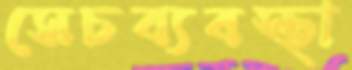
সেচব্যবস্থা